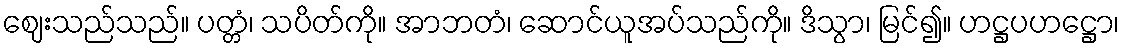
ဈေးသည်သည်။ ပတ္တံ၊ သပိတ်ကို။ အာဘတံ၊ ဆောင်ယူအပ်သည်ကို။ ဒိသွာ၊ မြင်၍။ ဟဋ္ဌပဟဋ္ဌော၊